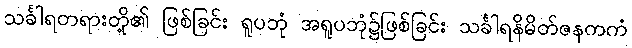
သင်္ခါရတရားတို့၏ ဖြစ်ခြင်း ရူပဘုံ အရူပဘုံ၌ဖြစ်ခြင်း သင်္ခါရနိမိတ်ဇနကကံ